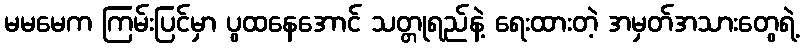
မမမေက ကြမ်းပြင်မှာ ပွထနေအောင် သတ္တုရည်နဲ့ ရေးထားတဲ့ အမှတ်အသားတွေရဲ့